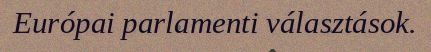
Európai parlamenti választások.